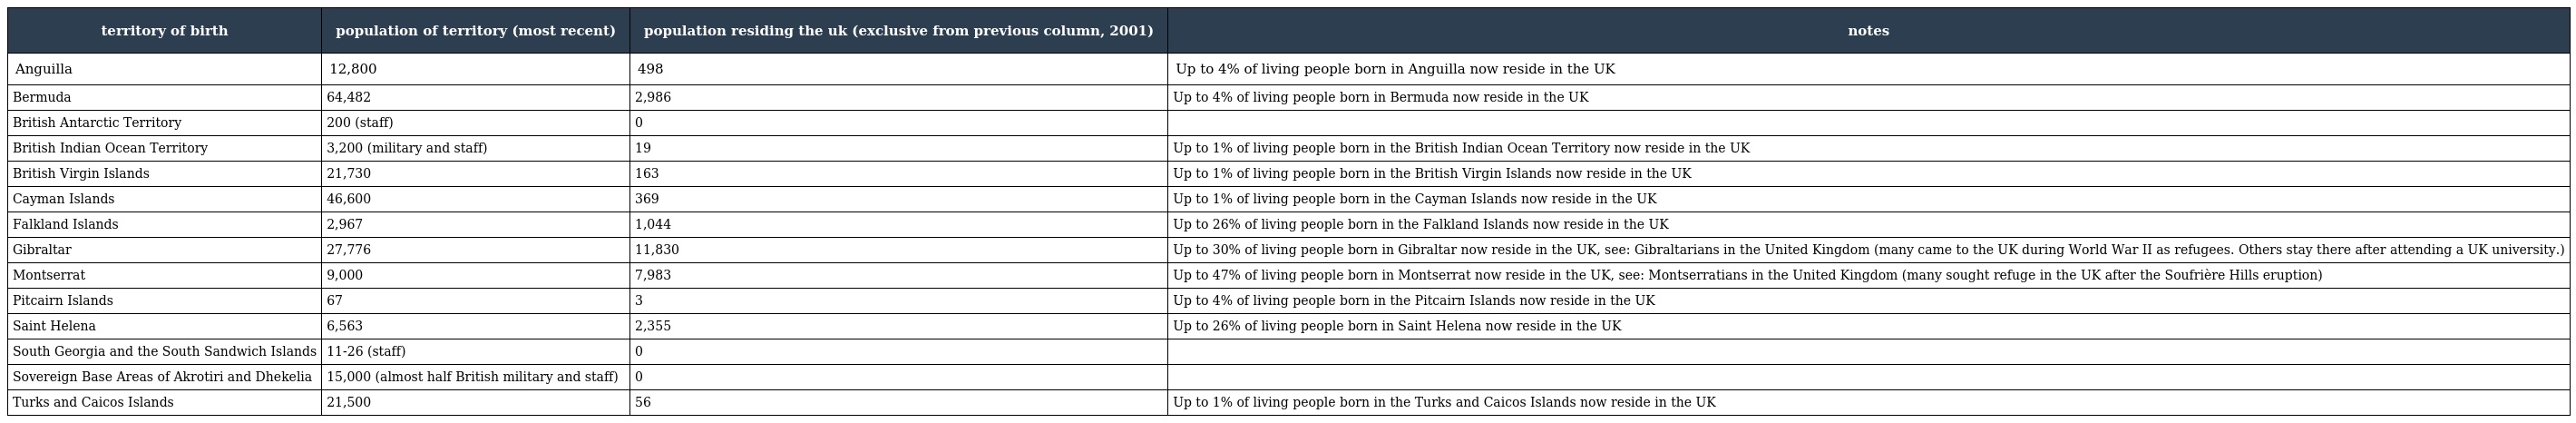
| territory of birth | population of territory (most recent) | population residing the uk (exclusive from previous column, 2001) | notes |
 | --- | --- | --- | --- |
 | Anguilla | 12,800 | 498 | Up to 4% of living people born in Anguilla now reside in the UK |
 | Bermuda | 64,482 | 2,986 | Up to 4% of living people born in Bermuda now reside in the UK |
 | British Antarctic Territory | 200 (staff) | 0 |  |
 | British Indian Ocean Territory | 3,200 (military and staff) | 19 | Up to 1% of living people born in the British Indian Ocean Territory now reside in the UK |
 | British Virgin Islands | 21,730 | 163 | Up to 1% of living people born in the British Virgin Islands now reside in the UK |
 | Cayman Islands | 46,600 | 369 | Up to 1% of living people born in the Cayman Islands now reside in the UK |
 | Falkland Islands | 2,967 | 1,044 | Up to 26% of living people born in the Falkland Islands now reside in the UK |
 | Gibraltar | 27,776 | 11,830 | Up to 30% of living people born in Gibraltar now reside in the UK, see: Gibraltarians in the United Kingdom (many came to the UK during World War II as refugees. Others stay there after attending a UK university.) |
 | Montserrat | 9,000 | 7,983 | Up to 47% of living people born in Montserrat now reside in the UK, see: Montserratians in the United Kingdom (many sought refuge in the UK after the Soufrière Hills eruption) |
 | Pitcairn Islands | 67 | 3 | Up to 4% of living people born in the Pitcairn Islands now reside in the UK |
 | Saint Helena | 6,563 | 2,355 | Up to 26% of living people born in Saint Helena now reside in the UK |
 | South Georgia and the South Sandwich Islands | 11-26 (staff) | 0 |  |
 | Sovereign Base Areas of Akrotiri and Dhekelia | 15,000 (almost half British military and staff) | 0 |  |
 | Turks and Caicos Islands | 21,500 | 56 | Up to 1% of living people born in the Turks and Caicos Islands now reside in the UK |